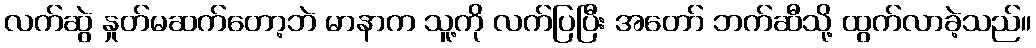
လက်ဆွဲ နှုတ်မဆက်တော့ဘဲ မာနာက သူ့ကို လက်ပြပြီး အတော် ဘက်ဆီသို့ ထွက်လာခဲ့သည်။